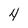
Character: 4